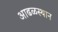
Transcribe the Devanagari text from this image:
आढळस्थान